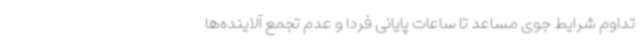
تداوم شرایط جوی مساعد تا ساعات پایانی فردا و عدم تجمع آلاینده‌ها